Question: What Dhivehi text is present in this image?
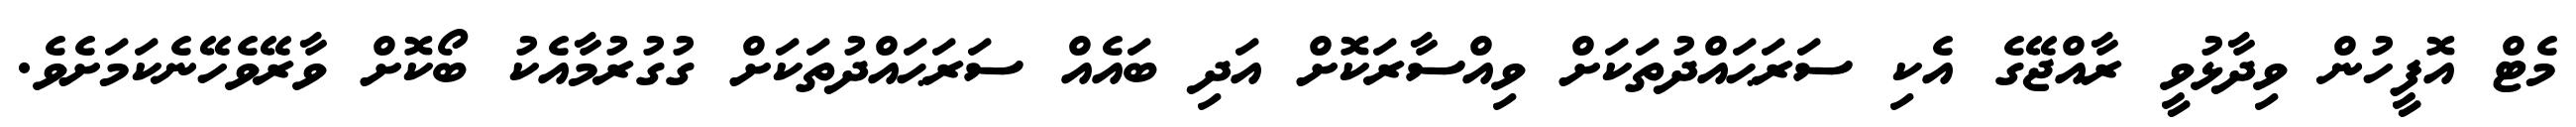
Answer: މެޓް އޮފީހުން ވިދާޅުވީ ރާއްޖޭގެ އެކި ސަރަޙައްދުތަކަށް ވިއްސާރަކޮށް އަދި ބައެއް ސަރަޙައްދުތަކަށް ގުގުރުމާއެކު ބޯކޮށް ވާރޭވެހޭނެކަމަށެވެ.